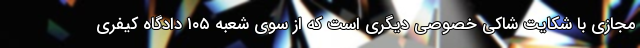
مجازی با شکایت شاکی خصوصی دیگری است که از سوی شعبه ۱۰۵ دادگاه کیفری